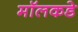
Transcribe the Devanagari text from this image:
मॉलकडे